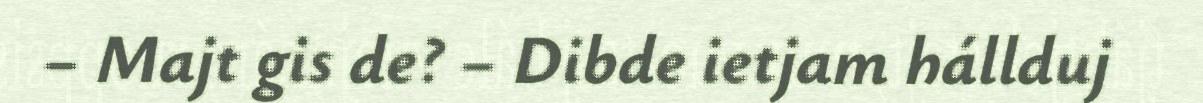
– Majt gis de? – Dibde ietjam hállduj